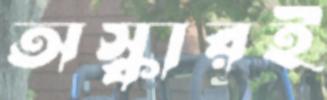
অস্কারই